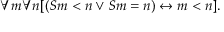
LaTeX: \forall m \forall n [ ( S m < n \lor S m = n ) \leftrightarrow m < n ] .